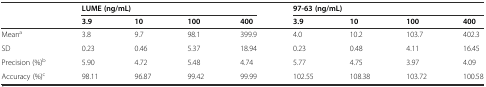
<table><thead><tr><td></td><td colspan="4"><b>LUME (ng/mL)</b></td><td colspan="4"><b>97-63 (ng/mL)</b></td></tr><tr><td></td><td><b>3.9</b></td><td><b>10</b></td><td><b>100</b></td><td><b>400</b></td><td><b>3.9</b></td><td><b>10</b></td><td><b>100</b></td><td><b>400</b></td></tr></thead><tbody><tr><td>Mean<sup>a</sup></td><td>3.8</td><td>9.7</td><td>98.1</td><td>399.9</td><td>4.0</td><td>10.2</td><td>103.7</td><td>402.3</td></tr><tr><td>SD</td><td>0.23</td><td>0.46</td><td>5.37</td><td>18.94</td><td>0.23</td><td>0.48</td><td>4.11</td><td>16.45</td></tr><tr><td>Precision (%)<sup>b</sup></td><td>5.90</td><td>4.72</td><td>5.48</td><td>4.74</td><td>5.77</td><td>4.75</td><td>3.97</td><td>4.09</td></tr><tr><td>Accuracy (%)<sup>c</sup></td><td>98.11</td><td>96.87</td><td>99.42</td><td>99.99</td><td>102.55</td><td>108.38</td><td>103.72</td><td>100.58</td></tr></tbody></table>